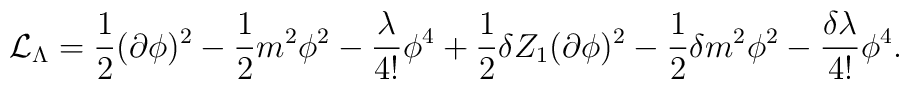
{\cal {L}}_{\Lambda }=\frac{1}{2}(\partial \phi )^{2}-\frac{1}{2}m^{2}\phi ^{2}-\frac{\lambda }{4!}\phi ^{4}+\frac{1}{2}\delta Z_{1}(\partial \phi )^{2}-\frac{1}{2}\delta m^{2}\phi ^{2}-\frac{\delta \lambda }{4!}\phi ^{4}.